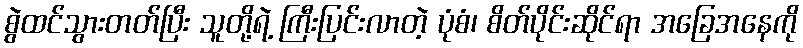
စွဲထင်သွားတတ်ပြီး သူတို့ရဲ့ ကြီးပြင်းလာတဲ့ ပုံစံ၊ စိတ်ပိုင်းဆိုင်ရာ အခြေအနေကို